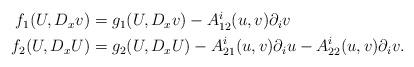
LaTeX: \begin{align*}\begin{aligned}f_{1}(U,D_{x}v)&=g_{1}(U,D_{x}v)-A^{i}_{12}(u,v)\partial_{i}v\\f_{2}(U,D_{x}U)&=g_{2}(U,D_{x}U)-A^{i}_{21}(u,v)\partial_{i}u-A^{i}_{22}(u,v)\partial_{i}v.\end{aligned}\end{align*}